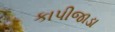
કાપીજાડા